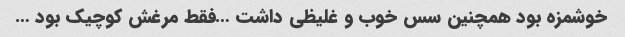
خوشمزه بود همچنین سس خوب و غلیظی داشت …فقط مرغش کوچیک بود …